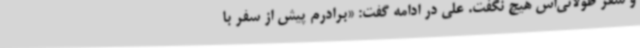
و سفر طولانی‌اش هیچ نگفت. علی در ادامه گفت: «برادرم پیش از سفر با